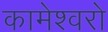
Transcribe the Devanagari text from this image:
कामेश्वरो